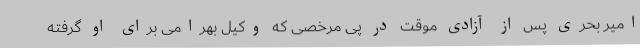
امیر بحری پس از آزادی موقت در پی مرخصی که وکیل بهرامی برای او گرفته